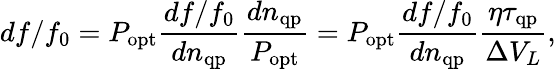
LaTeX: df/f_{0}=P_{\mathrm{opt}}\frac{df/f_{0}}{dn_{\mathrm{qp}}}\frac{dn_{\mathrm{qp}}}{P_{\mathrm{opt}}}=P_{\mathrm{opt}}\frac{df/f_{0}}{dn_{\mathrm{qp}}}\frac{\eta\tau_{\mathrm{qp}}}{\Delta V_{L}},